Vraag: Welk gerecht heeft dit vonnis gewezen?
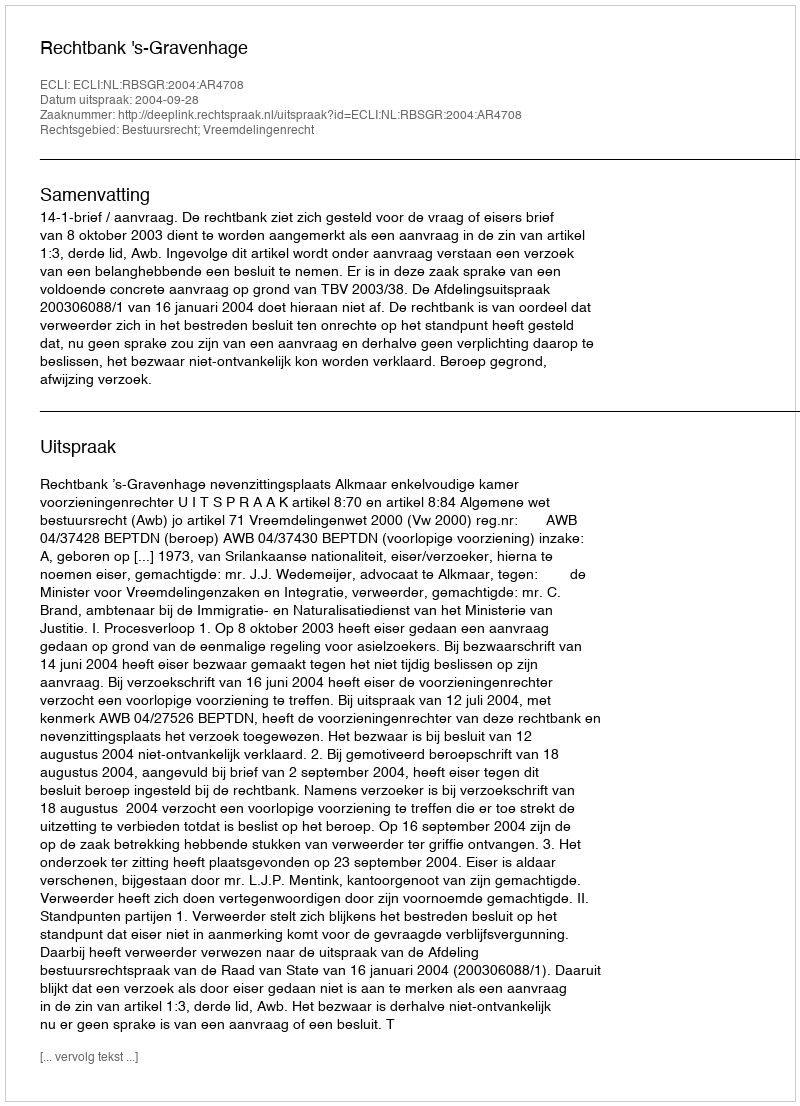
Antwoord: Rechtbank 's-Gravenhage